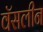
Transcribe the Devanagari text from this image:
वॅसलीन